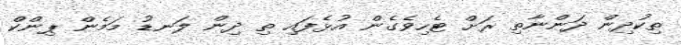
ތިކުދިން ދަންނާތި ރަށް ޓެހިވެގެން އުޅެފައި ތި ދިން ލަނޑު މަމެން ޕިންކް